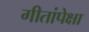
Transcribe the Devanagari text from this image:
गीतांपेक्षा